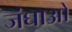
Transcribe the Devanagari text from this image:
जंघाओ